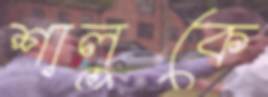
শালুকে